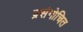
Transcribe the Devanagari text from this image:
प्रसंगोचित